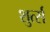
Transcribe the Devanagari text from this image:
शुर्त्स